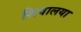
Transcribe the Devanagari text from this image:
शिवालया